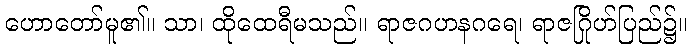
ဟောတော်မူ၏။ သာ၊ ထိုထေရီမသည်။ ရာဇဂဟနဂရေ၊ ရာဇဂြိုဟ်ပြည်၌။